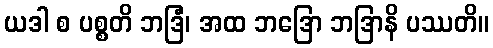
ယဒါ စ ပစ္စတိ ဘဒြံံ၊ အထ ဘဒြော ဘဒြာနိ ပဿတိ။